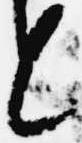
々